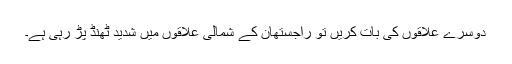
دوسرے علاقوں کی بات کریں تو راجستھان کے شمالی علاقوں میں شدید ٹھنڈ پڑ رہی ہے۔